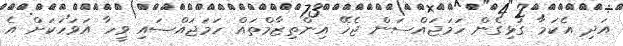
އަދި އެކަމާ ގުޅިގެން ހަމަޖައްސަން ޖެހޭ އިންތިޒާމްތައް ހަމަޖައްސައި ވީހާ އަވަހަކަށް އެ